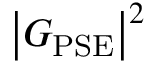
\left| G _ { \mathrm { P S E } } \right| ^ { 2 }